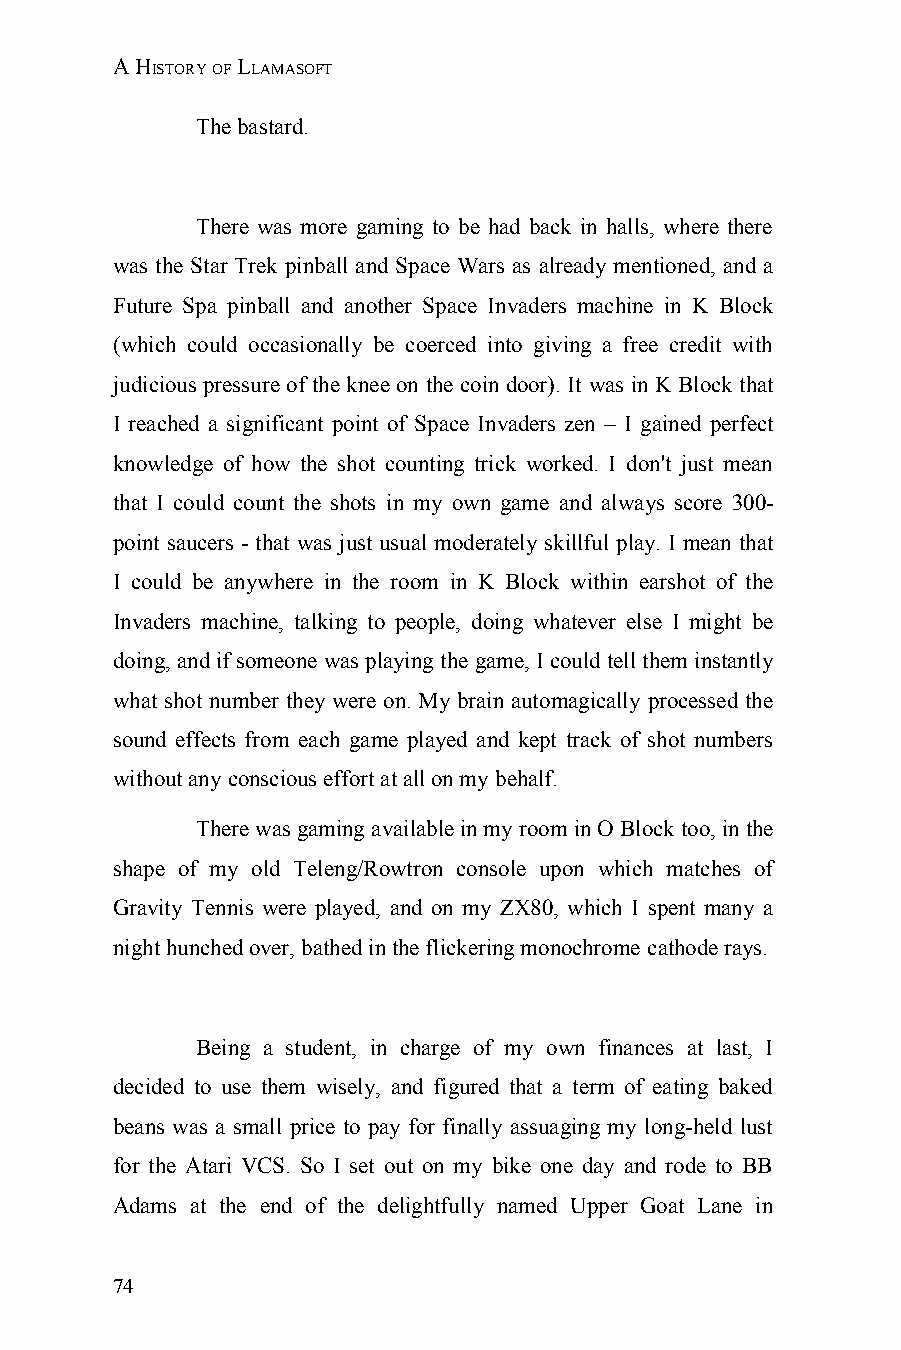
A HISTORY OF LLAMASOFT
 The bastard.
 There was more gaming to be had back in halls, where there
 was the Star Trek pinball and Space Wars as already mentioned, and a
 Future Spa pinball and another Space Invaders machine in K Block
 (which could occasionally be coerced into giving a free credit with
 judicious pressure of the knee on the coin door). It was in K Block that
 I reached a significant point of Space Invaders zen – I gained perfect
 knowledge of how the shot counting trick worked. I don't just mean
 that I could count the shots in my own game and always score 300-
 point saucers - that was just usual moderately skillful play. I mean that
 I could be anywhere in the room in K Block within earshot of the
 Invaders machine, talking to people, doing whatever else I might be
 doing, and if someone was playing the game, I could tell them instantly
 what shot number they were on. My brain automagically processed the
 sound effects from each game played and kept track of shot numbers
 without any conscious effort at all on my behalf.
 There was gaming available in my room in O Block too, in the
 shape of my old Teleng/Rowtron console upon which matches of
 Gravity Tennis were played, and on my ZX80, which I spent many a
 night hunched over, bathed in the flickering monochrome cathode rays.
 Being a student, in charge of my own finances at last, I
 decided to use them wisely, and figured that a term of eating baked
 beans was a small price to pay for finally assuaging my long-held lust
 for the Atari VCS. So I set out on my bike one day and rode to BB
 Adams at the end of the delightfully named Upper Goat Lane in
 74